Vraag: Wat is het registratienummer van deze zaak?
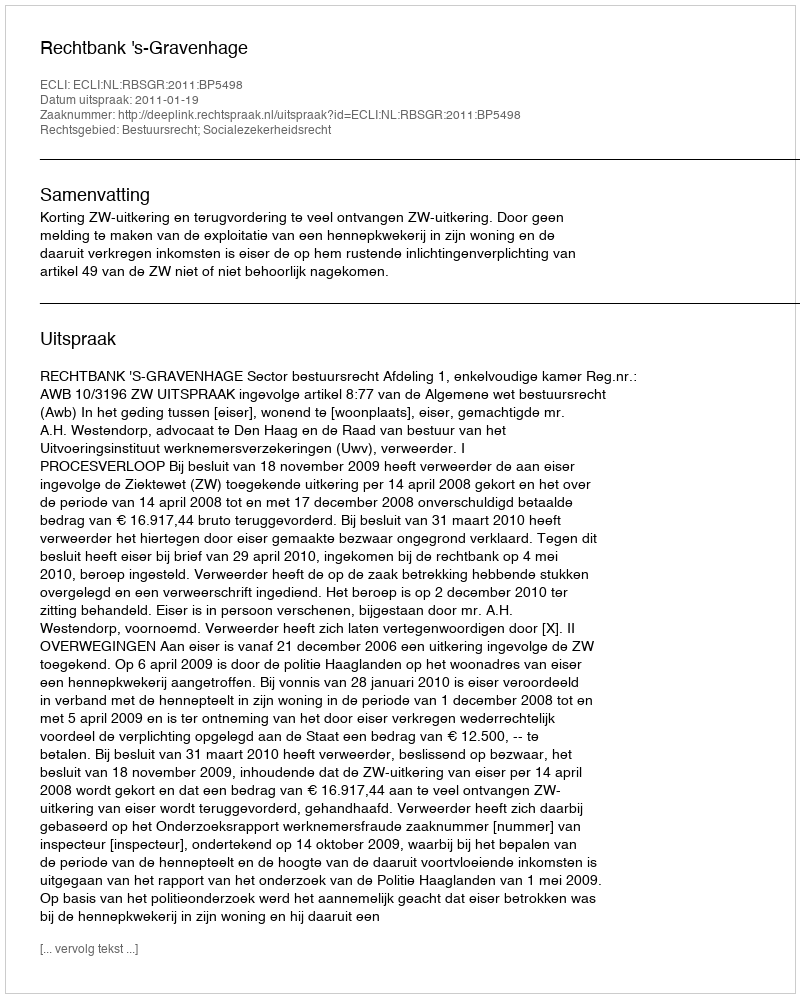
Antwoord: http://deeplink.rechtspraak.nl/uitspraak?id=ECLI:NL:RBSGR:2011:BP5498